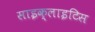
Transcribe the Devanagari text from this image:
साइक्लाइटिस